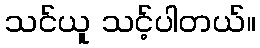
သင်ယူ သင့်ပါတယ်။